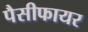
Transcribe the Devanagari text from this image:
पैसीफायर